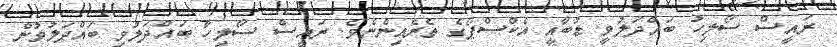
ރައީސް ސޯލިހު ބައްދަލުވީ ޑުބާއީ އެކްސްޕޯގެ ތެރެއިންނެވެ. ރައީސް ސޯލިހާ ބައްދަލުވި ބައްދަލުވުން